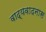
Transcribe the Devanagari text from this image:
वाद्यवादनास